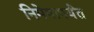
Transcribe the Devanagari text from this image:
निमेषापर्यंत